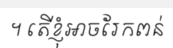
។ តើខ្ញុំអាចរែកពន់